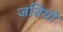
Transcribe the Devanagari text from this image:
जतियो